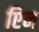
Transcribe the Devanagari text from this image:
एिन